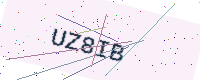
Text: UZ8IB